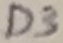
Text: D3